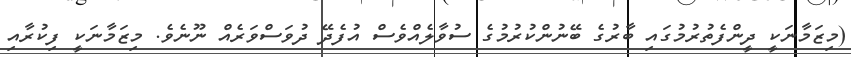
(މިޒަމާނަކީ ދީންފެތުރުމުގައި ބާރުގެ ބޭނުންކުރުމުގެ ސުވާލެއްވެސް އުފެދޭ ދުވަސްވަރެއް ނޫނެވެ. މިޒަމާނަކީ ފިކުރާއި